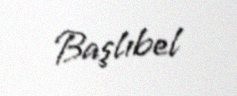
Başlıbel